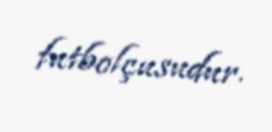
futbolçusudur.